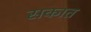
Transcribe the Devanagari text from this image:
सकात